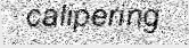
calipering